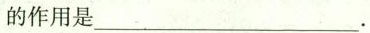
的作用是___.